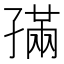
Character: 𡦖